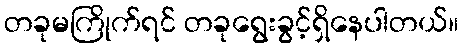
တခုမကြိုက်ရင် တခုရွေးခွင့်ရှိနေပါတယ်။